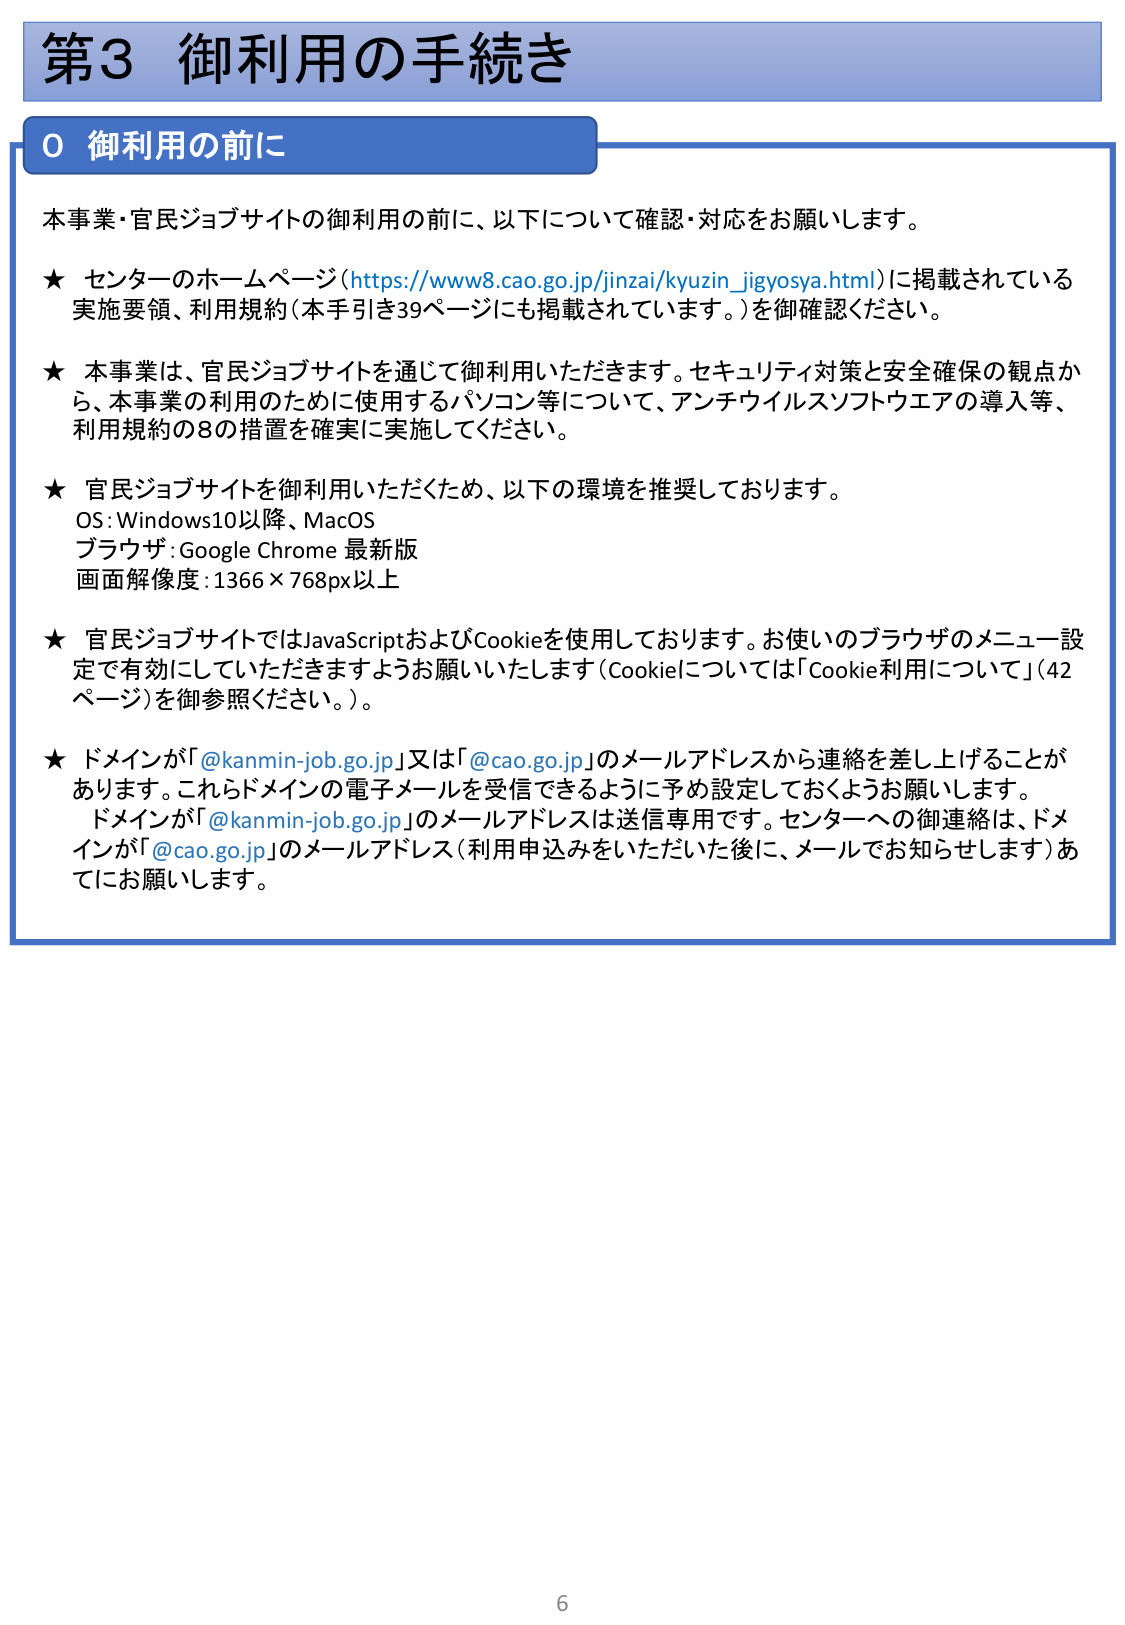
第3 御利用の手続き

0 御利用の前に

本事業・官民ジョブサイトの御利用の前に、以下について確認・対応をお願いします。

★ センターのホームページ（https://www8.cao.go.jp/jinzai/kyuzin_jigyosya.html）に掲載されている実施要領、利用規約（本手引き39ページにも掲載されています。）を御確認ください。

★ 本事業は、官民ジョブサイトを通じて御利用いただきます。セキュリティ対策と安全確保の観点から、本事業の利用のために使用するパソコン等について、アンチウイルスソフトウェアの導入等、利用規約の8の措置を確実に実施してください。

★ 官民ジョブサイトを御利用いただくため、以下の環境を推奨しております。
OS：Windows10以降、MacOS
ブラウザ：Google Chrome 最新版
画面解像度：1366 × 768px以上

★ 官民ジョブサイトではJavaScriptおよびCookieを使用しております。お使いのブラウザのメニュー設定で有効にしていただきますようお願いいたします（Cookieについては「Cookie利用について」（42ページ）を御参照ください。）。

★ ドメインが「@kanmin-job.go.jp」又は「@cao.go.jp」のメールアドレスから連絡を差し上げることがあります。これらドメインの電子メールを受信できるように予め設定しておくようお願いします。
ドメインが「@kanmin-job.go.jp」のメールアドレスは送信専用です。センターへの御連絡は、ドメインが「@cao.go.jp」のメールアドレス（利用申込みをいただいた後に、メールでお知らせします）あてにお願いします。

6